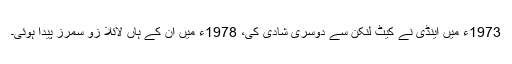
1973ء میں اینڈی نے کیٹ لُنکن سے دوسری شادی کی، 1978ء میں ان کے ہاں لائلا زو سمرز پیدا ہوئی۔